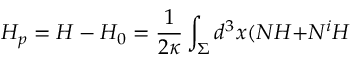
H _ { p } = H - H _ { 0 } = \frac { 1 } { 2 \kappa } \int _ { \Sigma } d ^ { 3 } x ( N { \cal H + } N ^ { i } { \cal H }